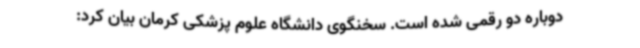
دوباره دو رقمی شده است. سخنگوی دانشگاه علوم پزشکی کرمان بیان کرد: